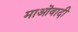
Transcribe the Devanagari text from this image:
माऒवादी